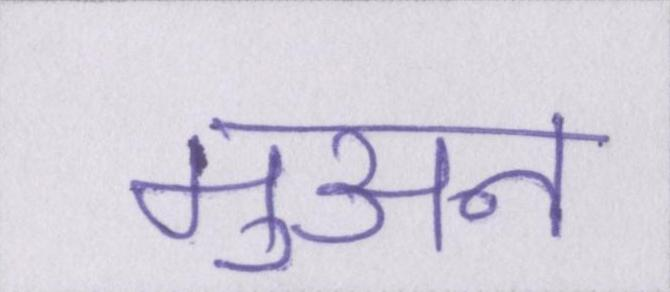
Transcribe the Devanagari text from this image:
मुअन